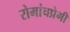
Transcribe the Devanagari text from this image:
रोमांचप्रेमी